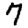
Digit: 7